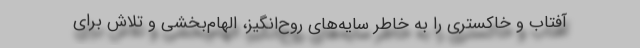
آفتاب و خاکستری را به خاطر سایه‌های روح‌انگیز، الهام‌بخشی و تلاش برای